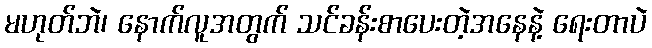
မဟုတ်ဘဲ၊ နောက်လူအတွက် သင်ခန်းစာပေးတဲ့အနေနဲ့ ရေးတာပဲ